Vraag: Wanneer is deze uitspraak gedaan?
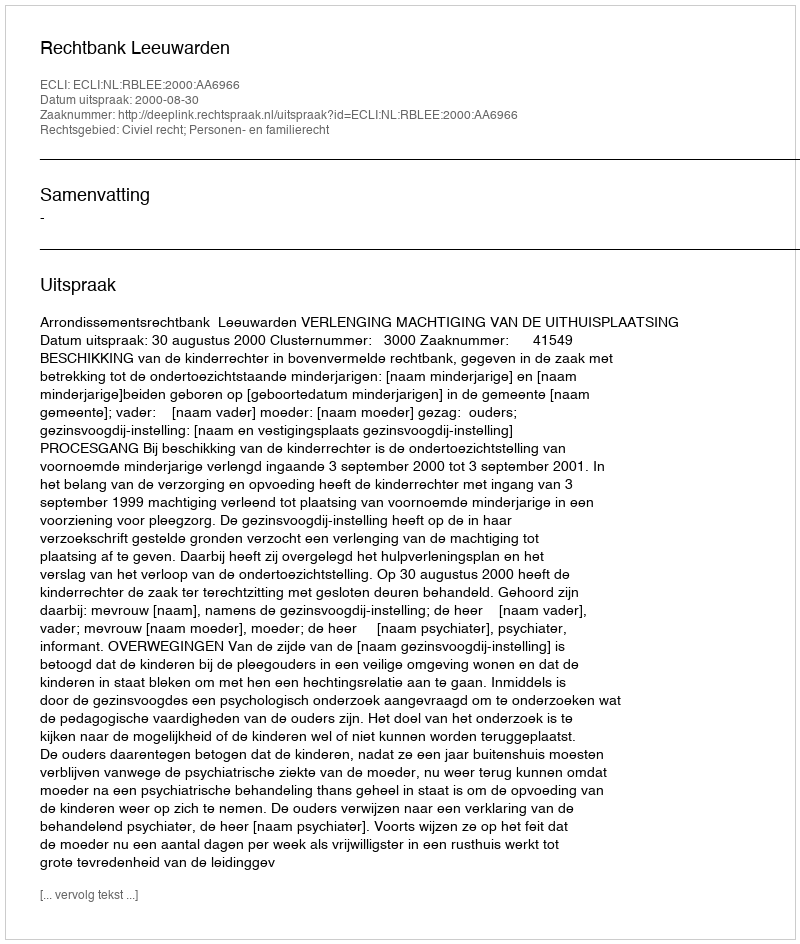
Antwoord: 2000-08-30